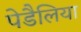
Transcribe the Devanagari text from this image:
पेडैलिया